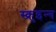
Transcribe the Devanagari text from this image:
स्क्रुइन्ग